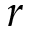
r